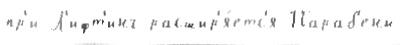
пр'и Л'ифт'инг расшир'я́етс'я Параб'ены